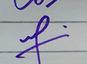
Signature authenticity: genuine